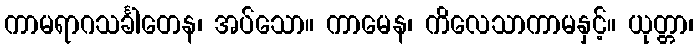
ကာမရာဂသင်္ခါတေန၊ အပ်သော။ ကာမေန၊ ကိလေသာကာမနှင့်။ ယုတ္တာ၊